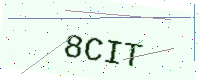
Text: 8CIT